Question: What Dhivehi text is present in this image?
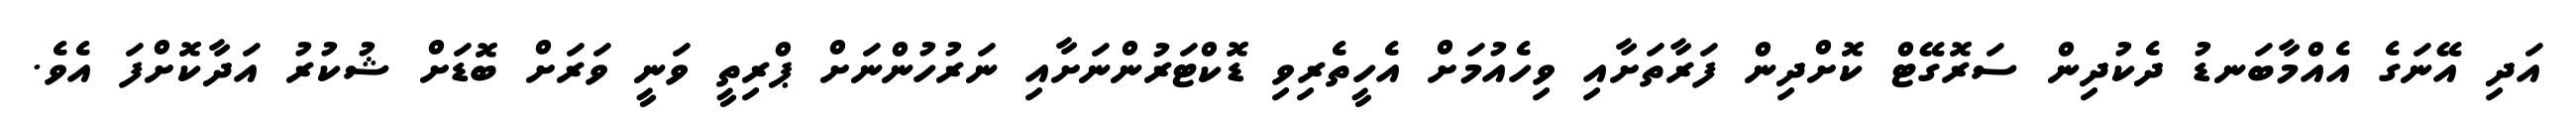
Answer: އަދި އޭނަގެ އެއްމާބަނޑު ދެކުދިން ސަރޮގޭޓް ކޮށްދިން ފަރާތަށާއި ވިހެއުމަށް އެހީތެރިވި ޑޮކްޓަރުންނަށާއި ނަރުހުންނަށް ޕްރިތީ ވަނީ ވަރަށް ބޮޑަށް ޝުކުރު އަދާކޮށްފަ އެވެ.